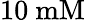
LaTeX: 10~\mathrm{mM}